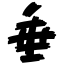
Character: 垂